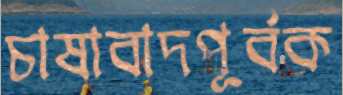
চাষাবাদপূর্বক